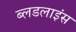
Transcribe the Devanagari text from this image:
ब्लडलाइंस